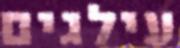
עילגים